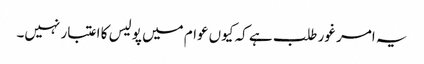
یہ امر غور طلب ہے کہ کیوں عوام میں پولیس کا اعتبار نہیں۔